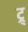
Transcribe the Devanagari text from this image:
ट्र्